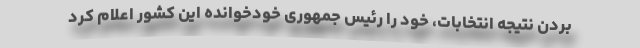
بردن نتیجه انتخابات، خود را رئیس جمهوری خودخوانده این کشور اعلام کرد